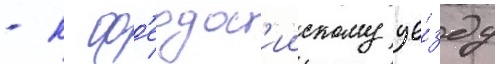
- к ф'еодос'иискому уе́зду